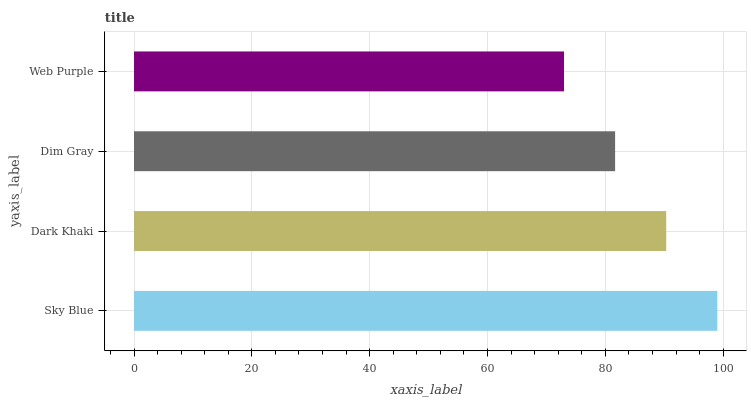
| yaxis_label | bars |
 | --- | --- |
 | Sky Blue | 99 |
 | Dark Khaki | 90.3 |
 | Dim Gray | 81.7 |
 | Web Purple | 73 |